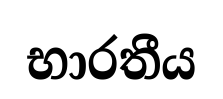
භාරතීය